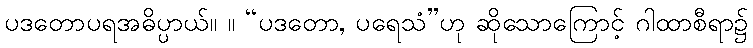
ပဒတောပရအဓိပ္ပာယ်။ ။ “ပဒတော, ပရေသံ”ဟု ဆိုသောကြောင့် ဂါထာစီရာ၌